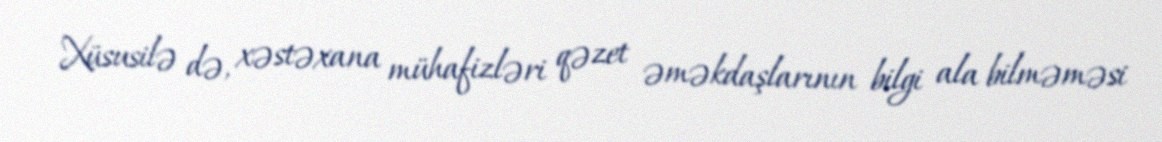
Xüsusilə də, xəstəxana mühafizləri qəzet əməkdaşlarının bilgi ala bilməməsi